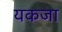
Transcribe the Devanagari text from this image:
यकजा